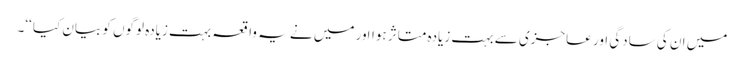
میں ان کی سادگی اور عاجزی سے بہت زیادہ متاثر ہوااور میں نے یہ واقعہ بہت زیادہ لوگوں کو بیان کیا ‘‘۔